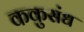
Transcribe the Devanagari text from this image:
ककुसंध